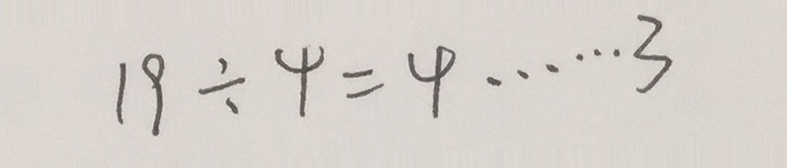
1 9 \div 4 = 4 \cdots 3